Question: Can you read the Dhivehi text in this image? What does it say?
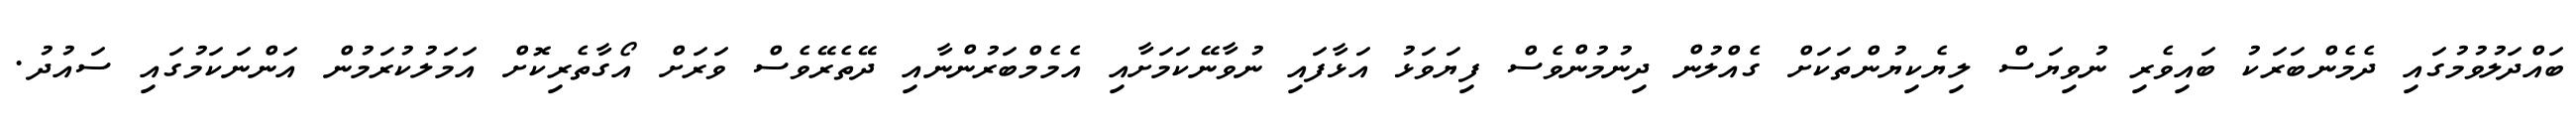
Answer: ބައްދަލުވުމުގައި ދެމެންބަރަކު ބައިވެރި ނުވިޔަސް ލިޔެކިޔުންތަކަށް ގެއްލުން ދިނުމުންވެސް ފިޔަވަޅު އަޅާފައި ނުވާނޭކަމަށާއި އެމެމްބަރުންނާއި ދޭތެރޭވެސް ވަރަށް އޯގާތެރިކޮށް އަމަލުކުރަމުން އަންނަކަމުގައި ސައުދު.